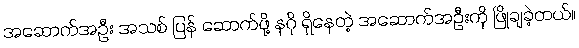
အဆောက်အဦး အသစ် ပြန် ဆောက်ဖို့ နဂို ရှိနေတဲ့ အဆောက်အဦးကို ဖြိုချခဲ့တယ်။